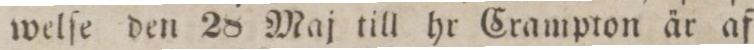
welſe den 28 Maj till hr Crampton är af